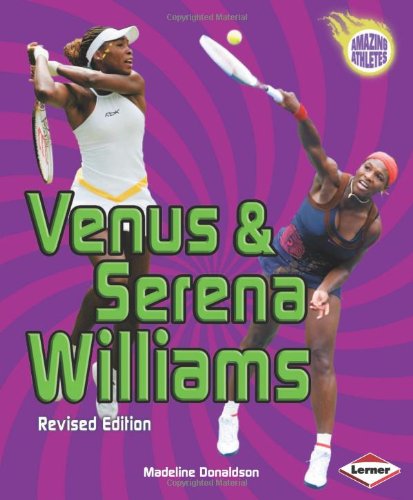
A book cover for Venus & Serena Williams (Amazing Athletes); Madeline Donaldson; Children's Books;